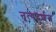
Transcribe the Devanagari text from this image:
नृत्यदर्शन